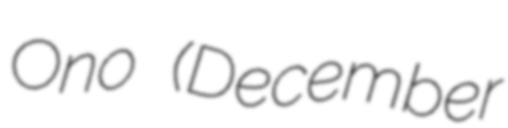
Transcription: Ono (December